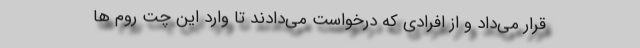
قرار می‌داد و از افرادی که درخواست می‌دادند تا وارد این چت روم ‌ها